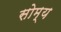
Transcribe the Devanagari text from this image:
सोम्य